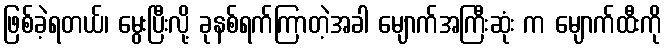
ဖြစ်ခဲ့ရတယ်၊ မွေးပြီးလို့ ခုနစ်ရက်ကြာတဲ့အခါ မျောက်အကြီးဆုံး က မျောက်ထီးကို